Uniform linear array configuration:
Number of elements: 8
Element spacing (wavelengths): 0.5
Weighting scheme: exponential
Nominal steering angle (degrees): -60
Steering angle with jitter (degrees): -60.07
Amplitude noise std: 0.05
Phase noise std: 0.05

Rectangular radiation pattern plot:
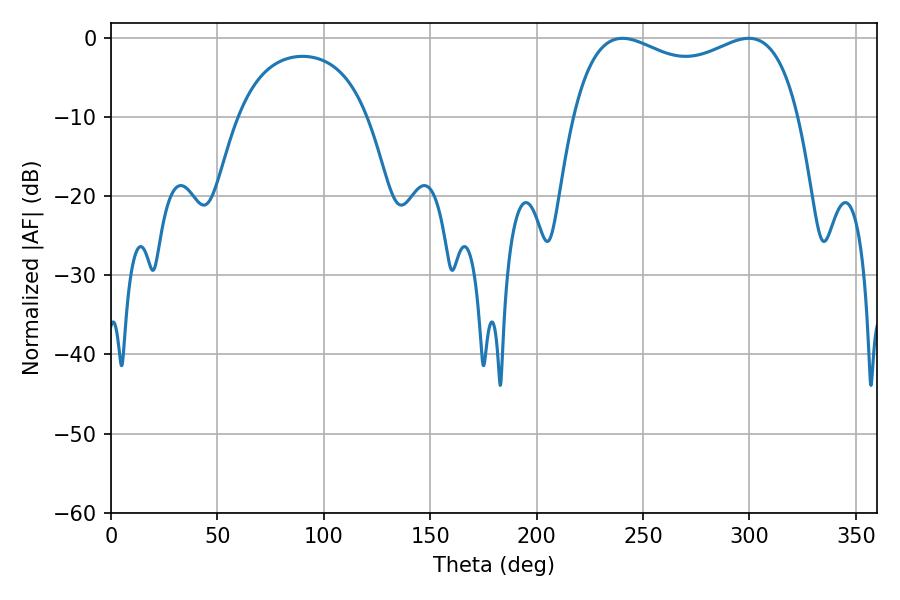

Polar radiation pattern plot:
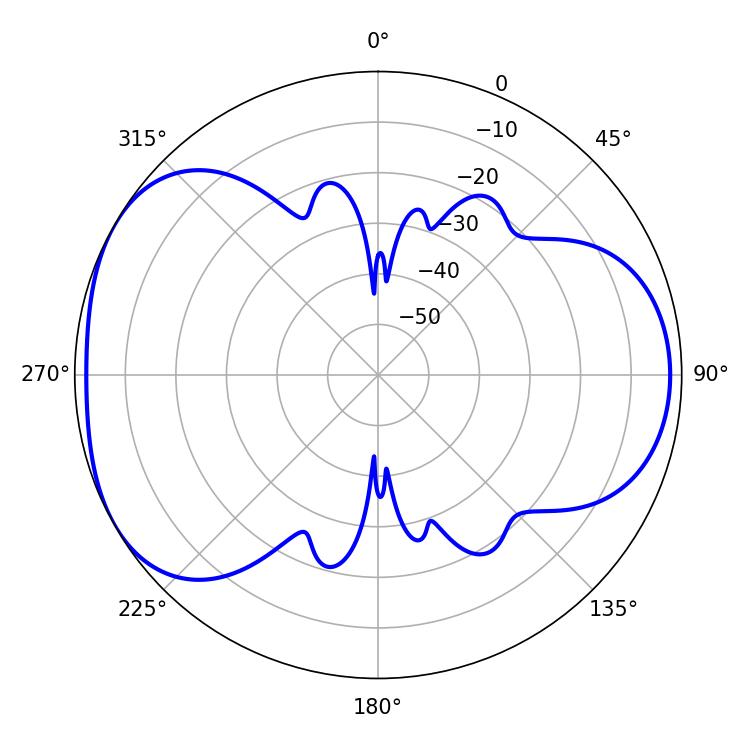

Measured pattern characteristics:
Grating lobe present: FALSE
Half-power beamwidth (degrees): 87.84
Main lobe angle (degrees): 240.3